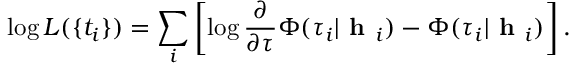
\log L ( \{ t _ { i } \} ) = \sum _ { i } \left[ \log \frac { \partial } { \partial \tau } \Phi ( \tau _ { i } | \textbf { h } _ { i } ) - \Phi ( \tau _ { i } | \textbf { h } _ { i } ) \right] .